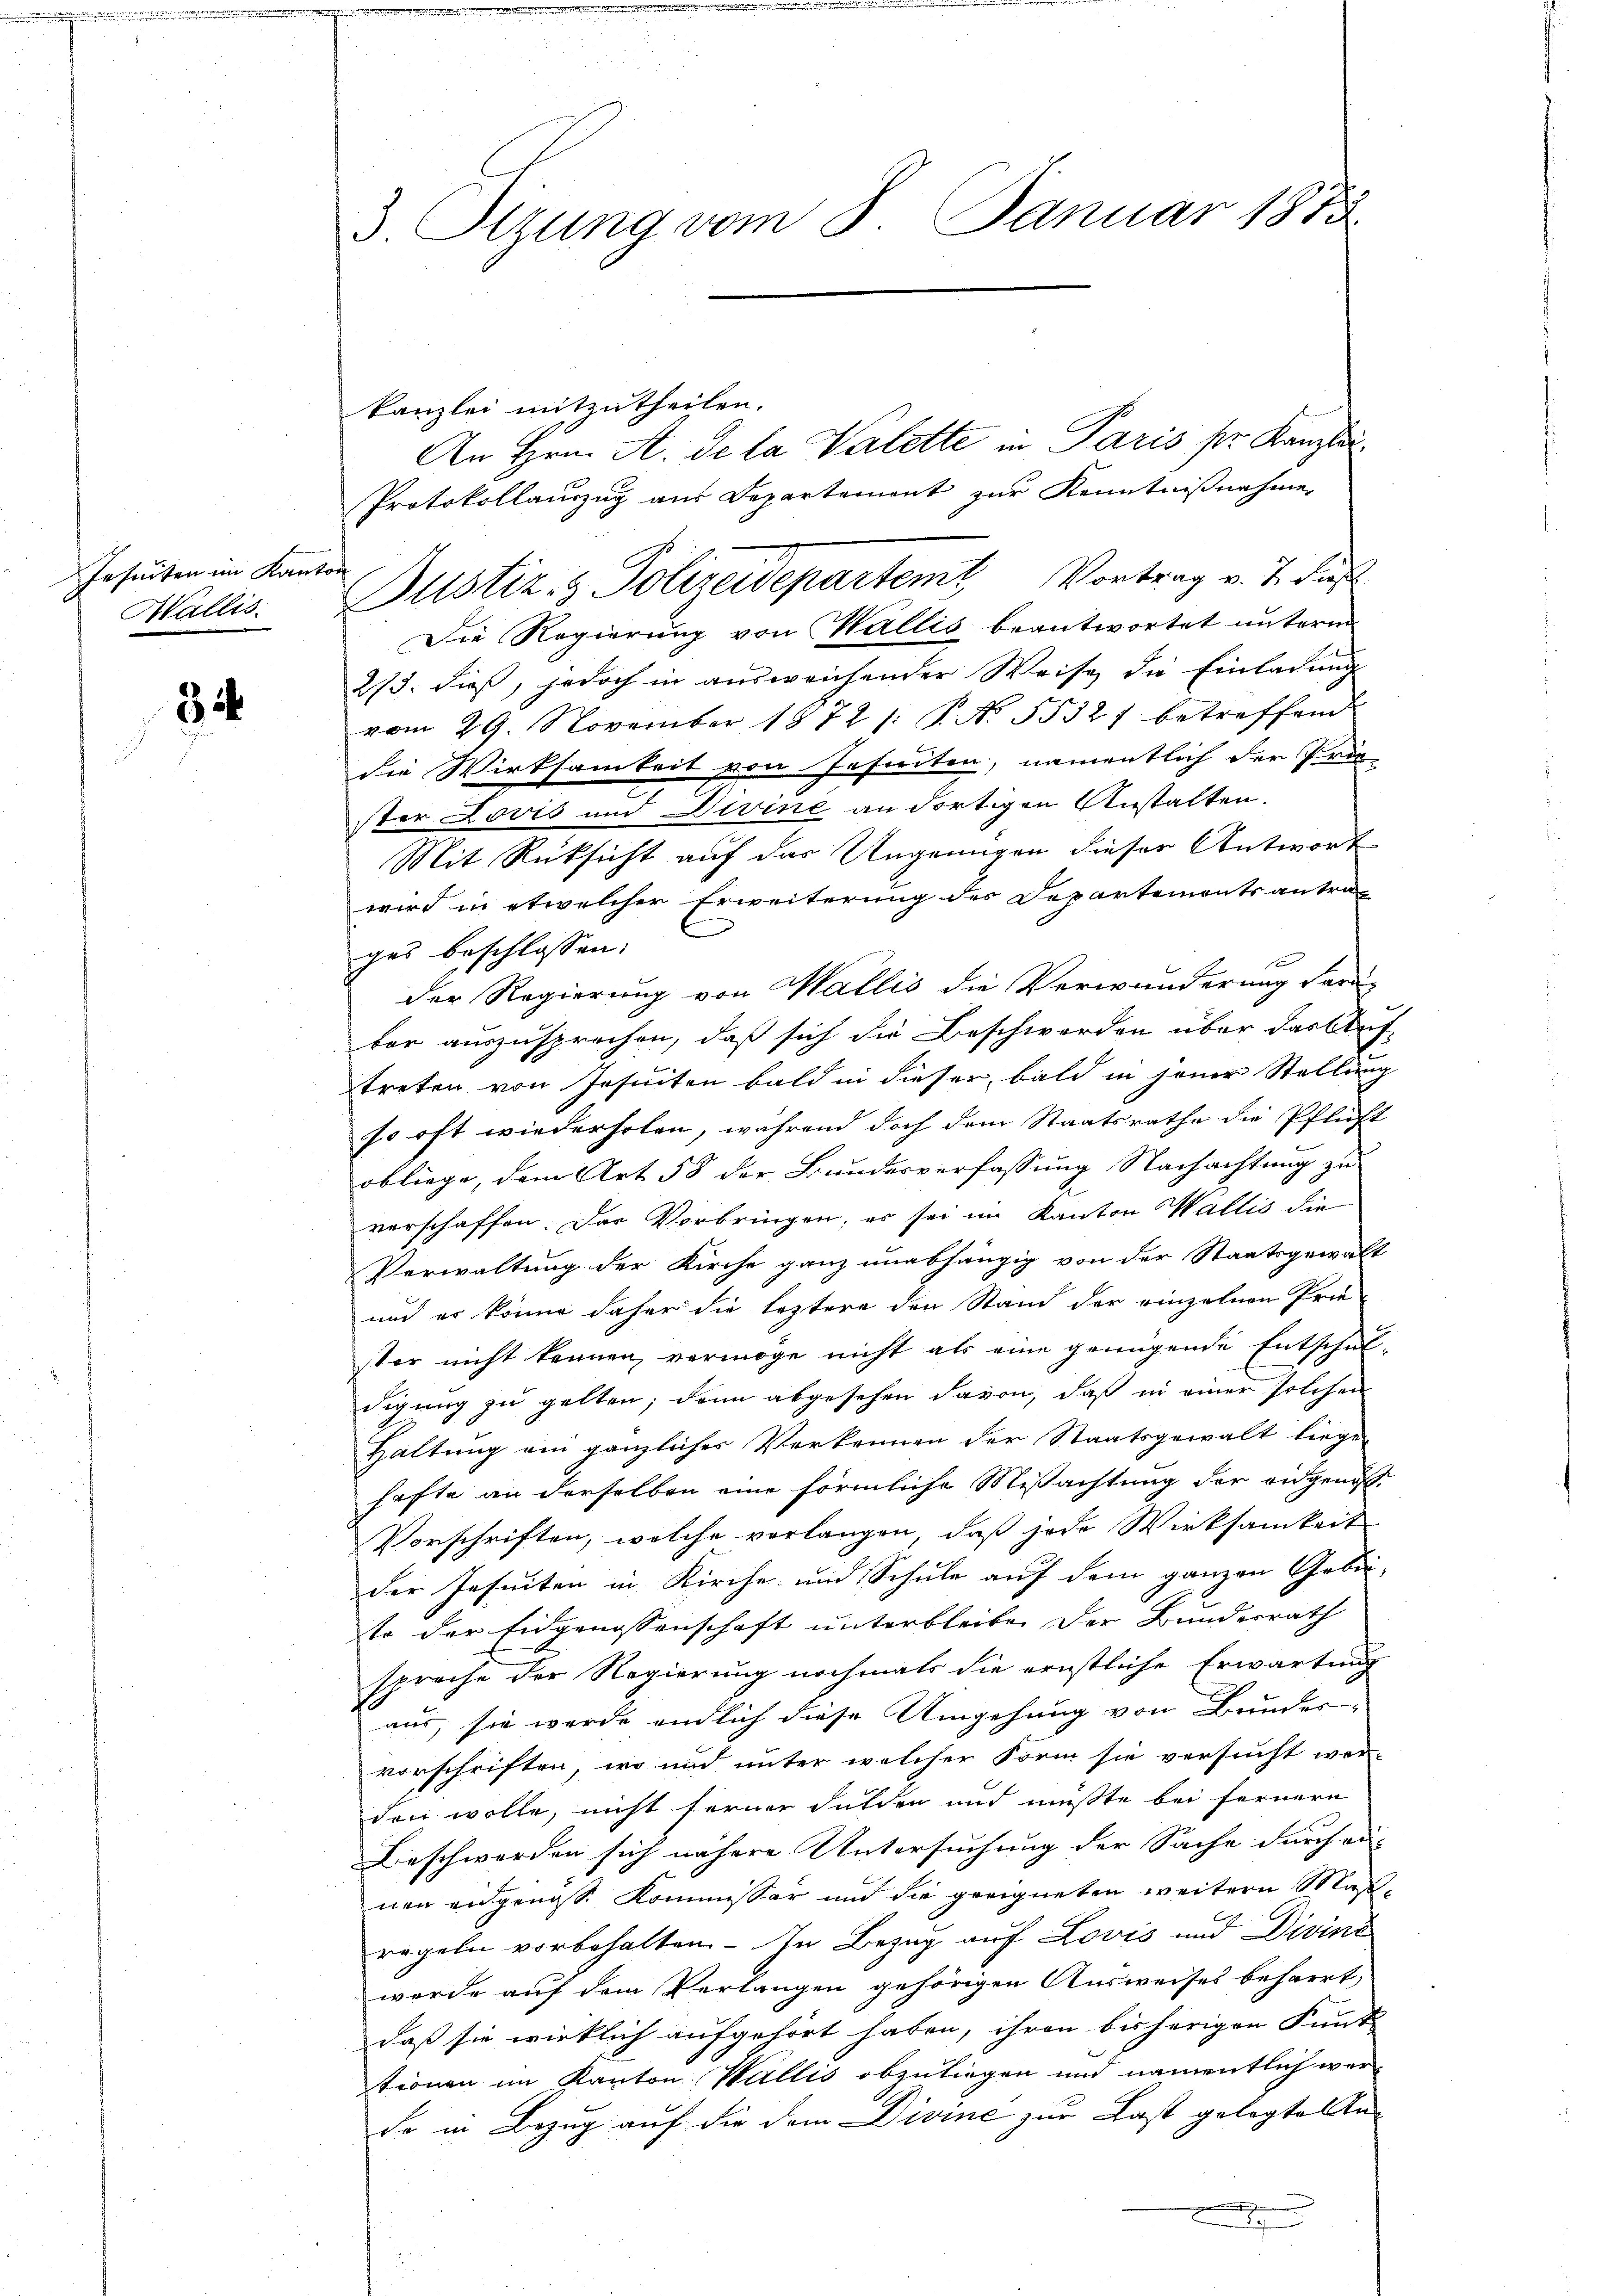
Jesuiten im Kan¬
Wallis.

3

3 Otzung vom 8. Januar 1873.

kanzlei mitzutheilen.
An Hrn. A. de la Valette in Paris pr. Kanzlei
Protokollauszug aus Departemont zur Kenntnißnahme
of
Justiz- & Polizeidepartemt Vortrag v. J. di
Die Regierung von Wallis beantwortet unterm
273. dieß, jedoch in ausweichender Weise die Einladung
vom 29. November 1872 /: P. No. 5532 f betreffend
die Wirksamkeit von Jesuiten, namentlich der Prä-
ster Lović und Divine an dortigen Anstalten.
Mit Rücksicht auf das Ungenügen dieser Antwort
wird in etwelcher Erweiterung des Departemonts antral
ges beschlossen:
der Regierung von Wallis die Verwunderung daran
ber auszusprechen, daß sich die Beschwerden über das Auftreten von Jesuiten bald in dieser, bald in jener Stellung
so oft wiederholen, während doch dem Staatsrathe die Pflicht
obliege, dem Art 58 der Bundesverfassung Nachachtung zu
verschaffen. Das Vorbringen, es sei im Kanton Wallis die
Verwaltung der Kirche ganz unabhängig von der Staatsgewalt
und es könne daher die leztere den Stand der einzelnen Prie
ster nicht kennen, vermöge nicht als eine genügende Entschul-
digung zu gelten; dann abgesehen davon, daß in einer solchen
Haltung ein gänzliches Verkennen der Staatsgewalt liege
hafte an derselben eine förmliche Missachtung der angenoß¬
Vorschriften, welche vorlangen, daß jede Wirksamkeit
der Jesuiten in Kirche und Schule auf dem ganzen Gebi-
to der Eidgenossenschaft unterbleiben der Bundesrath
spreche der Regierung nochmals die ernstliche Erwartung
aus, sie werde endlich diese Umgehung von Bundes-
vorschriften, wo und unter welcher Form sie versucht wer-
den wolle, nicht ferner Fulden und müßte bei fernern
Beschwerden sich nähere Untersuchung der Sache durchau- |
nen angenoss. Kommissor und die geeigneten weitern Maßregeln vorbehalten. – In Bezug auf Lovis und Divine
werde auf dem Verlangen gehörigen Ausweises beharrt,
daß sie wirklich aufgehört haben, ihren bisherigen Kant
tionen im Kanton Wallis abzuliegen und namentlich wer
de in Bezug auf die dem Divine zur Last gelegte An¬
.